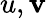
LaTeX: u,\mathbf{v}